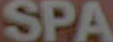
SPA